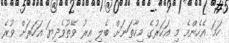
ހަމަ އެހެންމެ މި އަހަރުގެ މިހާތަނަށް ބެލި އިރު ވޭތުވެދިޔަ އަހަރަށް ވުރެ